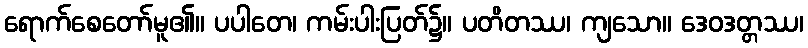
ရောက်စေတော်မူ၏။ ပပါတေ၊ ကမ်းပါးပြတ်၌။ ပတိတဿ၊ ကျသော။ ဒေဝဒတ္တဿ၊